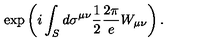
\exp \left( i \int _ { S } d \sigma ^ { \mu \nu } \frac { 1 } { 2 } \frac { 2 \pi } { e } W _ { \mu \nu } \right) .